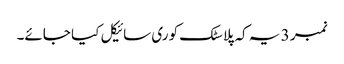
نمبر 3 یہ کہ پلاسٹک کو ری سائیکل کیا جائے۔